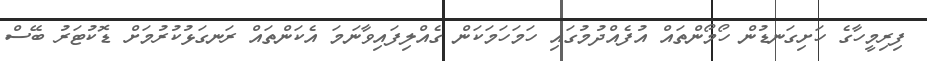
ފިރިމީހާގެ ހަށިގަނޑުން ހޯމޯންތައް އުފެއްދުމުގައި ހަމަހަމަކަން ގެއްލިފައިވާނަމަ އެކަންތައް ރަނގަޅުކުރުމަށް ޑޮކުޓަރު ބޭސް